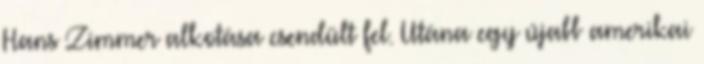
Hans Zimmer alkotása csendült fel. Utána egy újabb amerikai